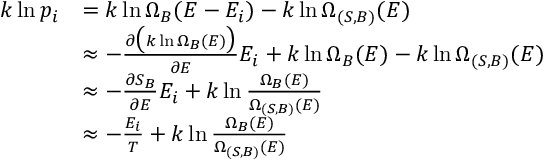
{ \begin{array} { r l } { k \ln p _ { i } } & { = k \ln \Omega _ { B } ( E - E _ { i } ) - k \ln \Omega _ { ( S , B ) } ( E ) } \\ & { \approx - { \frac { \partial { \big ( } k \ln \Omega _ { B } ( E ) { \big ) } } { \partial E } } E _ { i } + k \ln \Omega _ { B } ( E ) - k \ln \Omega _ { ( S , B ) } ( E ) } \\ & { \approx - { \frac { \partial S _ { B } } { \partial E } } E _ { i } + k \ln { \frac { \Omega _ { B } ( E ) } { \Omega _ { ( S , B ) } ( E ) } } } \\ & { \approx - { \frac { E _ { i } } { T } } + k \ln { \frac { \Omega _ { B } ( E ) } { \Omega _ { ( S , B ) } ( E ) } } } \end{array} }